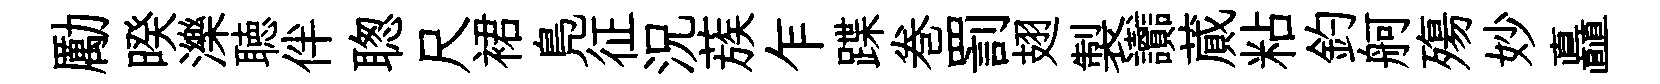
勵暌濼聴伴聦尺裙鳬征況蔟乍蹀巻罰翅製讟蕆粘釣舸殤妙矗